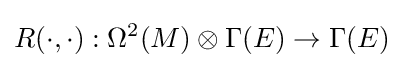
R(\cdot ,\cdot ):\Omega ^{2}(M)\otimes \Gamma (E)\to \Gamma (E)